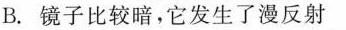
B.镜子比较暗，它发生了漫反射